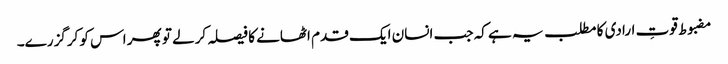
مضبوط قوتِ ارادی کا مطلب یہ ہے کہ جب انسان ایک قدم اٹھانے کا فیصلہ کرلے تو پھر اس کو کرگزرے۔